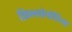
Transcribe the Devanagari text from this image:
फ़िल्लोपोडिया